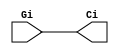
`timescale 1ns / 1ps
//////////////////////////////////////////////////////////////////////////////////
// Company: 
// Engineer: 
// 
// Design Name: 
// Module Name:    smallCircle 
// Project Name: 
// Target Devices: 
// Tool versions: 
// Description: 
//
// Dependencies: 
//
// Revision: 
// Revision 0.01 - File Created
// Additional Comments: 
//
//////////////////////////////////////////////////////////////////////////////////
module smallCircle(
    input Gi,
    output Ci
);
	
	buf buf0 (Ci, Gi);
	
endmodule